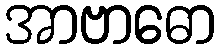
အာဗာဓော